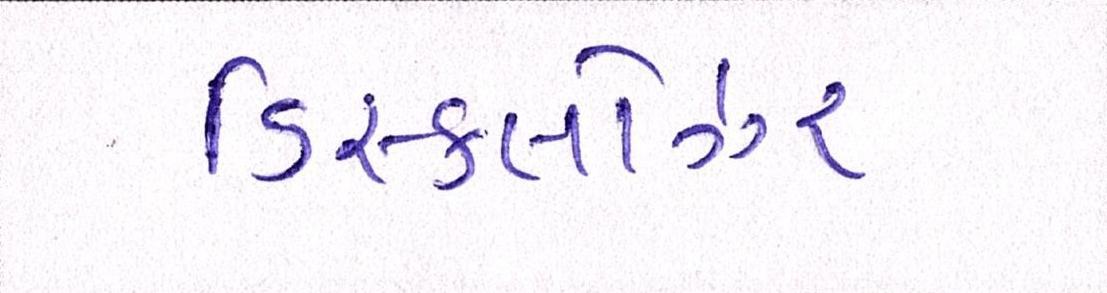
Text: ડિસ્કલોઝર